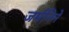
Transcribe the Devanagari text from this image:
जर्मनिने